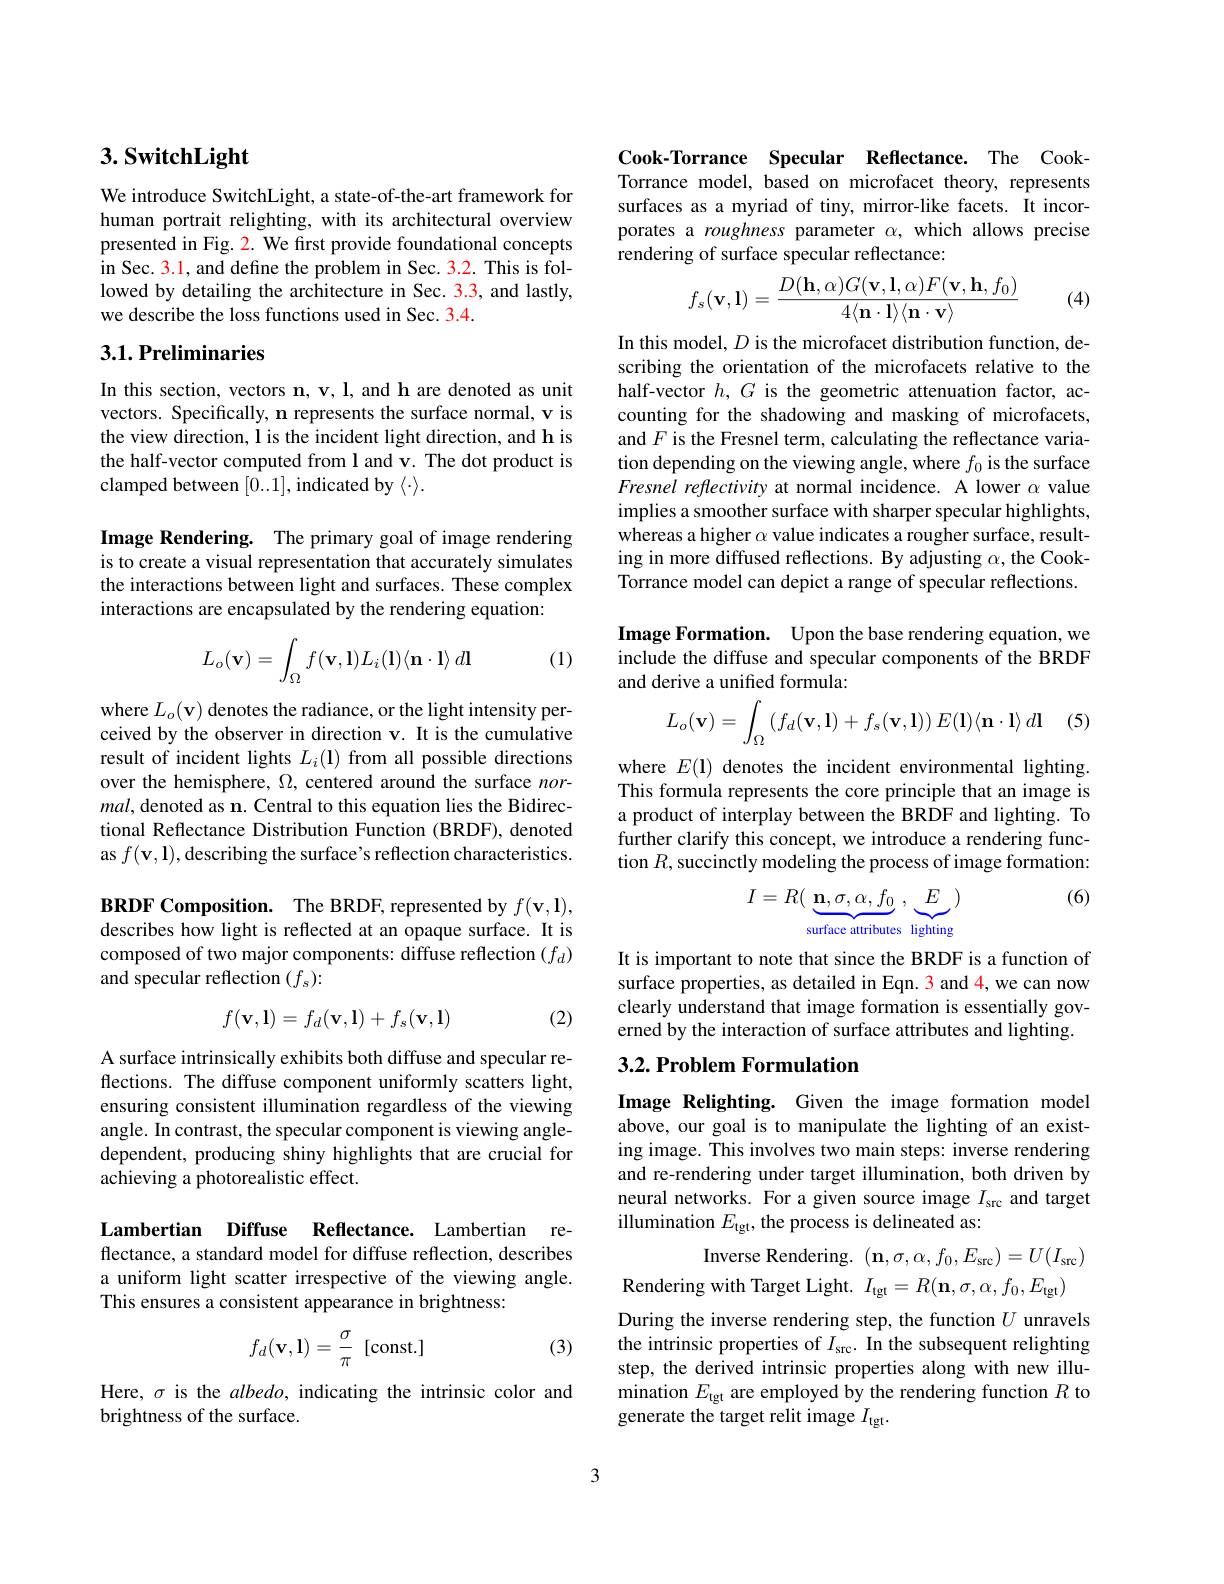
## $3. \textbf{SwitchLight}$

We introduce SwitchLight, a state-of-the-art framework for human portrait relighting, with its architectural overview presented in Fig. 2. We first provide foundational concepts in Sec. 3.1, and define the problem in Sec. 3.2. This is followed by detailing the architecture in Sec. 3.3, and lastly, we describe the loss functions used in Sec. 3.4.

## 3.1. Preliminaries

In this section, vectors $\mathbf{n},\mathbf{v},\mathbf{l}$, and h are denoted as unit vectors. Specifically, n represents the surface normal, v is the view direction, l is the incident light direction, and h is the half-vector computed from l and v. The dot product is clamped between [0..1],indicated by $\langle\cdot\rangle.$

Image Rendering. The primary goal of image rendering is to create a visual representation that accurately simulates the interactions between light and surfaces. These complex interactions are encapsulated by the rendering equation:

(1)
$$L_o(\mathbf{v})=\int_\Omega f(\mathbf{v},\mathbf{l})L_i(\mathbf{l})\langle\mathbf{n}\cdot\mathbf{l}\rangle\:d\mathbf{l}$$
where $L_o(\mathbf{v})$ denotes the radiance, or the light intensity perceived by the observer in direction v. It is the cumulative result of incident lights $L_i(\mathbf{l})$ from all possible directions over the hemisphere, $\Omega$, centered around the surface $nor-$ $mal$, denoted as n. Central to this equation lies the Bidirectional Reflectance Distribution Function (BRDF), denoted as $f(\mathbf{v},\mathbf{l})$,describing the surface's reflection characteristics.

$\mathbf{BRDFComposition. }$ The BRDF, represented by $f(\mathbf{v},\mathbf{l})$, describes how light is reflected at an opaque surface. It is composed of two major components: diffuse reflection $(f_d)$ and specular reflection $(f_s):$

(2)
$$f(\mathbf{v},\mathbf{l})=f_d(\mathbf{v},\mathbf{l})+f_s(\mathbf{v},\mathbf{l})$$
A surface intrinsically exhibits both diffuse and specular reflections. The diffuse component uniformly scatters light, ensuring consistent illumination regardless of the viewing angle. In contrast, the specular component is viewing angledependent, producing shiny highlights that are crucial for achieving a photorealistic effect.

Lambertian Diffuse Reflectance. Lambertian reflectance, a standard model for diffuse reflection, describes a uniform light scatter irrespective of the viewing angle. This ensures a consistent appearance in brightness:

(3)
$$f_d(\mathbf{v},\mathbf{l})=\dfrac{\sigma}{\pi}\text{[const.]}$$
Here, $\sigma$ is the albedo, indicating the intrinsic color and
brightness of the surface.

Cook-Torrance Specular Reflectance. The CookTorrance model, based on microfacet theory, represents surfaces as a myriad of tiny, mirror-like facets. It incorporates a roughness parameter $\alpha$, which allows precise rendering of surface specular reflectance:
$$f_s(\mathbf{v},\mathbf{l})=\dfrac{D(\mathbf{h},\alpha)G(\mathbf{v},\mathbf{l},\alpha)F(\mathbf{v},\mathbf{h},f_0)}{4\langle\mathbf{n}\cdot\mathbf{l}\rangle\langle\mathbf{n}\cdot\mathbf{v}\rangle}$$
(4)

In this model, $D$ is the microfacet distribution function, describing the orientation of the microfacets relative to the half-vector $h,G$ is the geometric attenuation factor, accounting for the shadowing and masking of microfacets, and $F$ is the Fresnel term, calculating the reflectance variation depending on the viewing angle, where $f_0$ is the surface Fresnel reflectivity at normal incidence. A lower $\alpha$ value implies a smoother surface with sharper specular highlights, whereas a higher $\alpha$ value indicates a rougher surface, resulting in more diffused reflections. By adjusting $\alpha$, the CookTorrance model can depict a range of specular reflections.

Image Formation. Upon the base rendering equation, we include the diffuse and specular components of the BRDF and derive a unified formula:
$$L_o(\mathbf{v})=\int_\Omega\left(f_d(\mathbf{v},\mathbf{l})+f_s(\mathbf{v},\mathbf{l})\right)E(\mathbf{l})\langle\mathbf{n}\cdot\mathbf{l}\rangle\:d\mathbf{l}$$
where $E(\mathbf{l})$ denotes the incident environmental lighting. This formula represents the core principle that an image is a product of interplay between the BRDF and lighting. To further clarify this concept, we introduce a rendering function $R$, succinctly modeling the process of image formation:

(6)
$$I=R(\underbrace{\mathbf{n},\sigma,\alpha,f_0}_{\text{contribute}}\:,\underbrace{E}_{\text{contrice}})$$
It is important to note that since the BRDF is a function of surface properties, as detailed in Eqn. 3 and 4, we can now clearly understand that image formation is essentially governed by the interaction of surface attributes and lighting.

## 3.2. Problem Formulation

Image Relighting. Given the image formation model above, our goal is to manipulate the lighting of an existing image. This involves two main steps: inverse rendering and re-rendering under target illumination, both driven by neural networks. For a given source image $I_\mathrm{src}$ and target illumination $E_\mathrm{tgt}$, the process is delineated as:

Inverse Rendering. $( \mathbf{n} , \sigma , \alpha , f_{0}, E_{\mathrm{src}}) = U( I_{\mathrm{src}})$
Rendering with Target Light. $I_\mathrm{tgt}= R( \mathbf{n} , \sigma , \alpha , f_{0}, E_{\mathrm{tgt}})$
During the inverse rendering step, the function $U$ unravels the intrinsic properties of $I_\mathrm{src}.$ In the subsequent relighting step, the derived intrinsic properties along with new illumination $E_\mathrm{tgt}$ are employed by the rendering function $R$ to generate the target relit image $I_\mathrm{tgt}.$

3